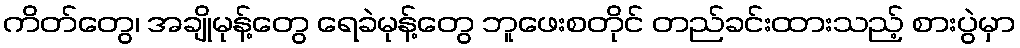
ကိတ်တွေ၊ အချိုမုန့်တွေ ရေခဲမုန့်တွေ ဘူဖေးစတိုင် တည်ခင်းထားသည့် စားပွဲမှာ